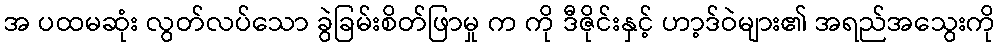
အ ပထမဆုံး လွတ်လပ်သော ခွဲခြမ်းစိတ်ဖြာမှု က ကို ဒီဇိုင်းနှင့် ဟာ့ဒ်ဝဲများ၏ အရည်အသွေးကို